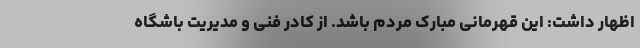
اظهار داشت: این قهرمانی مبارک مردم باشد. از کادر فنی و مدیریت باشگاه